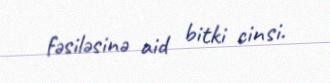
fəsiləsinə aid bitki cinsi.